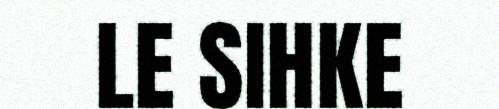
LE SIHKE